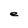
Character: e